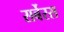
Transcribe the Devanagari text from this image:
सर्बेरस